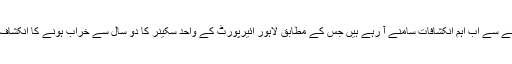
اسی حوالے سے اب اہم انکشافات سامنے آ رہے ہیں جس کے مطابق لاہور ائیرپورٹ کے واحد سکینر کا دو سال سے خراب ہونے کا انکشاف ہوا ہے۔